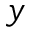
y